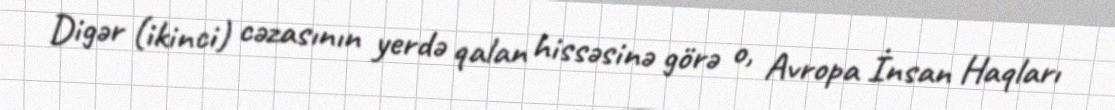
Digər (ikinci) cəzasının yerdə qalan hissəsinə görə o, Avropa İnsan Haqları